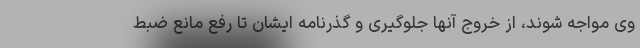
وی مواجه شوند، از خروج آنها جلوگیری و گذرنامه ایشان تا رفع مانع ضبط